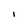
Character: I